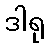
ဒါရု